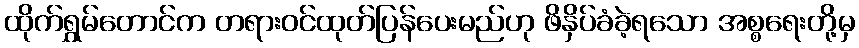
ထိုက်ရွှမ်တောင်က တရားဝင်ထုတ်ပြန်ပေးမည်ဟု ဖိနှိပ်ခံခဲ့ရသော အစ္စရေးတို့မှ